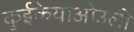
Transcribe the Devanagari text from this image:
कुईकेयाओउली